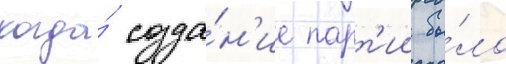
когда́ созда́н'ие парт'ии бы́ло